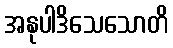
အနုပါဒိသေသောတိ